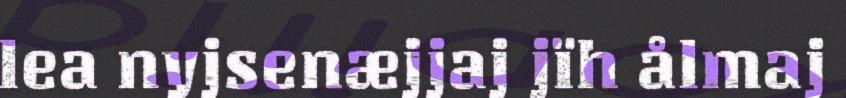
lea nyjsenæjjaj jïh ålmaj